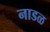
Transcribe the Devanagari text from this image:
नाडळ